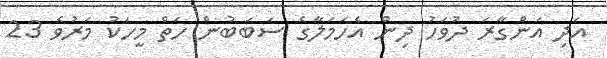
އަދި އަންގާރަ ދުވަހު ދިން އެހަމަލާގެ ސަބަބުން ހަތް މީހަކު މަރުވެ 23